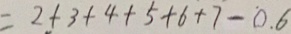
= 2 + 3 + 4 + 5 + 6 + 7 - 0 . 6